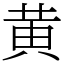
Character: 黄